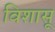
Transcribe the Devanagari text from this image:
विशासू